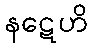
နဋေဟိ